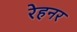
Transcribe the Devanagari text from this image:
रेहनर